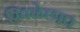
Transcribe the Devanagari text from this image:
खिळेछाप